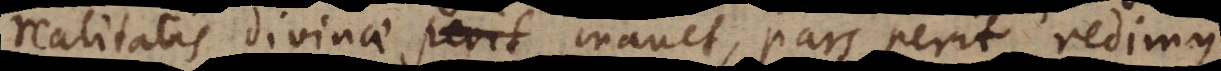
realitatis divinae manet, pars perit, redimus